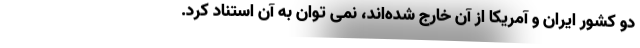
دو کشور ایران و آمریکا از آن خارج شده‌اند، نمی توان به آن استناد کرد.